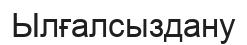
Ылғалсыздану